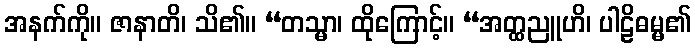
အနက်ကို။ ဇာနာတိ၊ သိ၏။ “တသ္မာ၊ ထိုကြောင့်။ “အတ္ထညူဟိ၊ ပါဠိဓမ္မ၏